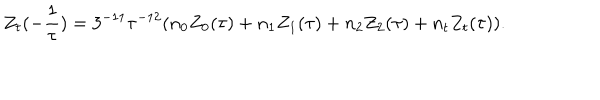
Z _ { t } ( - \frac { 1 } { \tau } ) = 3 ^ { - 1 1 } \tau ^ { - 1 2 } ( n _ { 0 } Z _ { 0 } ( \tau ) + n _ { 1 } Z _ { 1 } ( \tau ) + n _ { 2 } Z _ { 2 } ( \tau ) + n _ { t } Z _ { t } ( \tau ) ) .